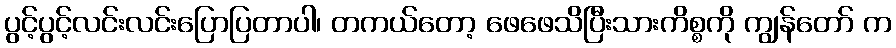
ပွင့်ပွင့်လင်းလင်းပြောပြတာပါ၊ တကယ်တော့ ဖေဖေသိပြီးသားကိစ္စကို ကျွန်တော် က